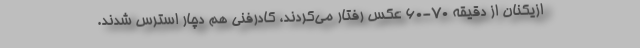
ازیکنان از دقیقه 70-60 عکس رفتار می‌کردند، کادرفنی هم دچار استرس شدند.